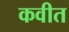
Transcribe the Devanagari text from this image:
कवीत